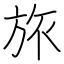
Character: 旅